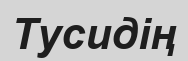
Тусидің